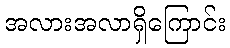
အလားအလာရှိကြောင်း